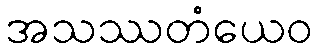
အသဿတံယေဝ